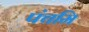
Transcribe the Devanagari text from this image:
पंचमि